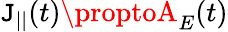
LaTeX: \mathtt{J}_{||}(t)\proptoA_{E}(t)